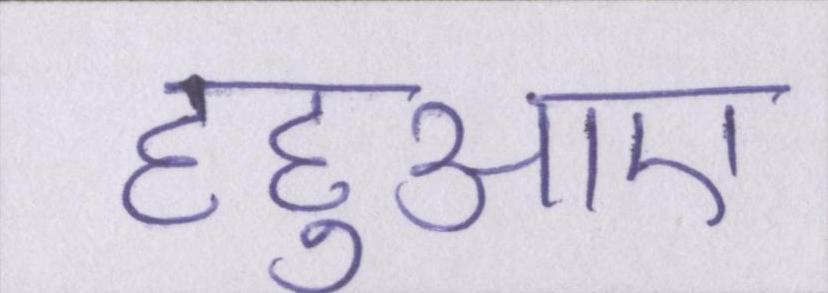
हहुआए